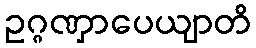
ဥဂ္ဂဏှာပေယျာတိ